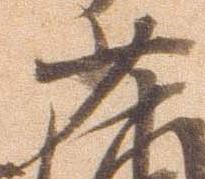
少